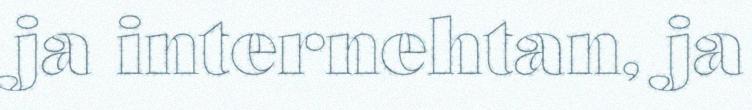
ja internehtan, ja